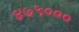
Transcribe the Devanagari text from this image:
४७५०००